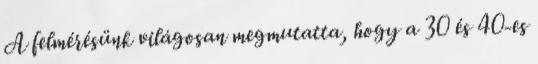
A felmérésünk világosan megmutatta, hogy a 30 és 40-es